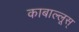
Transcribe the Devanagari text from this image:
काबाल्लूस्